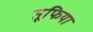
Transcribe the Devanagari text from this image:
सूफिया